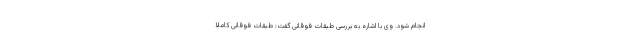
انجام شود. وی با اشاره به بررسی طبقات فوقانی گفت: طبقات فوقانی کاملا